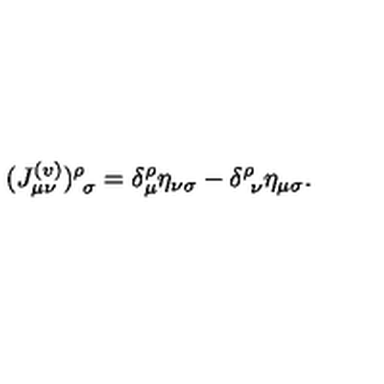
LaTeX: ( J _ { \mu \nu } ^ { ( v ) } ) _ { \ \sigma } ^ { \rho } = \delta _ { \mu } ^ { \rho } \eta _ { \nu \sigma } - \delta _ { \ \nu } ^ { \rho } \eta _ { \mu \sigma } .